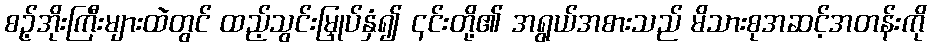
စဥ့်အိုးကြီးများထဲတွင် ထည့်သွင်းမြှုပ်နှံ၍ ၎င်းတို့၏ အရွယ်အစားသည် မိသားစုအဆင့်အတန်းကို